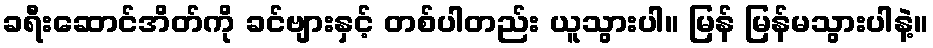
ခရီးဆောင်အိတ်ကို ခင်ဗျားနှင့် တစ်ပါတည်း ယူသွားပါ။ မြန် မြန်မသွားပါနဲ့။